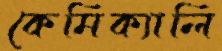
কেমিক্যালি